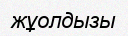
жұолдызы